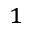
^ 1